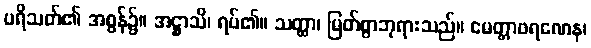
ပရိသတ်၏ အစွန်၌။ အဋ္ဌာသိ၊ ရပ်၏။ သတ္ထာ၊ မြတ်စွာဘုရားသည်။ မေတ္တာဖရဏေန၊